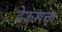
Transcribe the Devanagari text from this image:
देऊशक्त